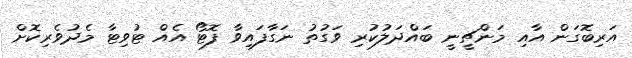
އަރިބޮގަން އާއި މަންޗީނީ ބައްދަލުކުރި ވަގުތު ނަގާފައިވާ ފޮޓޯ އެއް ޓުވިޓާ މެދުވެރިކޮށް